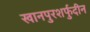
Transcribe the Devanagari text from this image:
खानपुरशर्फुदीन